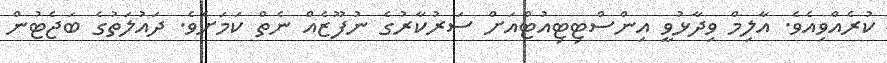
ކުރެއްވިއެވެ. އާލިމް ވިދާޅުވީ އިންސްޓިޓިއުޓްއަށް ސަރުކާރުގެ ނުފޫޒެއް ނެތް ކަމަށެވެ. ދައުލަތުގެ ބަޖެޓުން